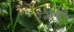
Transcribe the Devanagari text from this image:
रमोरे